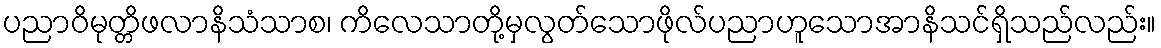
ပညာဝိမုတ္တိဖလာနိသံသာစ၊ ကိလေသာတို့မှလွတ်သောဖိုလ်ပညာဟူသောအာနိသင်ရှိသည်လည်း။